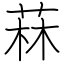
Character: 菻